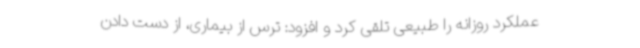
عملکرد روزانه را طبیعی تلقی کرد و افزود: ترس از بیماری، از دست دادن